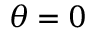
\theta = 0